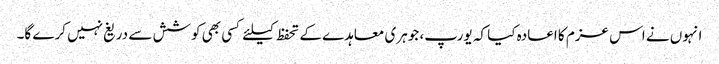
انہوں نے اس عزم کا اعادہ کیا کہ یورپ، جوہری معاہدے کے تحفظ کیلئے کسی بھی کوشش سے دریغ نہیں کرے گا۔